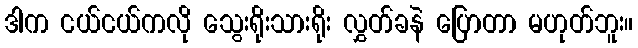
ဒါက ငယ်ငယ်ကလို သွေးရိုးသားရိုး လွှတ်ခနဲ ပြောတာ မဟုတ်ဘူး။